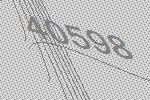
40598